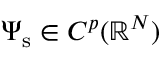
\Psi _ { \mathrm { s } } \in C ^ { p } ( \mathbb { R } ^ { N } )